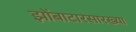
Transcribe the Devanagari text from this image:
झोंबाटारसारख्या